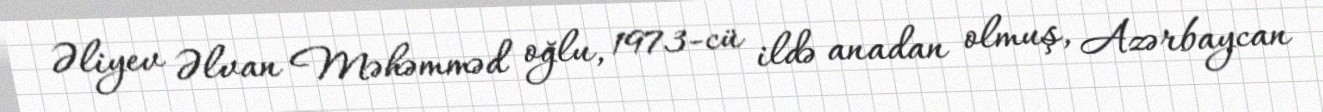
Əliyev Əlvan Məhəmməd oğlu, 1973-cü ildə anadan olmuş, Azərbaycan